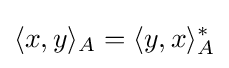
\langle x,y\rangle _{A}=\langle y,x\rangle _{A}^{*}